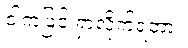
ငါကဖြင့် ရှာလိုက်ရတာ။